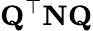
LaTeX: \mathbf{Q}^{\top}\mathbf{NQ}